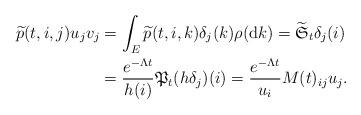
LaTeX: \begin{align*}\widetilde{p}(t,i,j)u_{j}v_{j}&=\int_{E}\widetilde{p}(t,i,k)\delta_{j}(k)\rho({\rm d}k)=\widetilde{\mathfrak{S}}_{t}\delta_{j}(i)\\&=\frac{e^{-\Lambda t}}{h(i)}\mathfrak{P}_{t}(h\delta_{j})(i)=\frac{e^{-\Lambda t}}{u_{i}}M(t)_{ij}u_{j}.\end{align*}